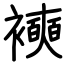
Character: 襫